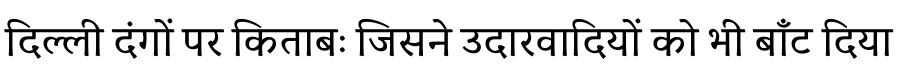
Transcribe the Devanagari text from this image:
दिल्ली दंगों पर किताबः जिसने उदारवादियों को भी बाँट दिया